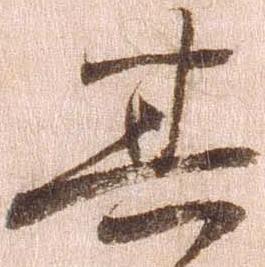
其